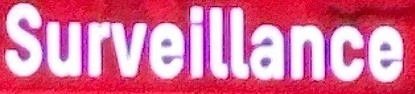
Surveillance